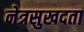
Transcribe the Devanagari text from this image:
नेत्रसुखदता